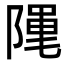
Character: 𮥖